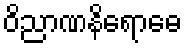
ဝိညာဏနိရောဓေ